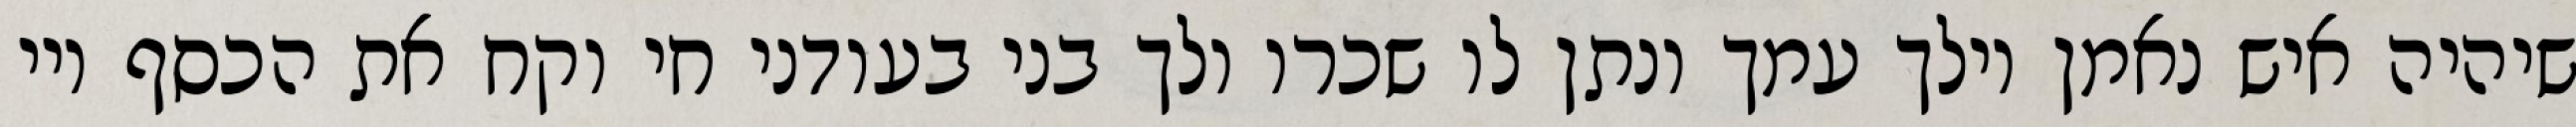
שיהיה איש נאמן וילך עמך ונתן לו שכרו ולך בני בעודני חי וקח את הכסף ויי